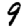
Digit: 9